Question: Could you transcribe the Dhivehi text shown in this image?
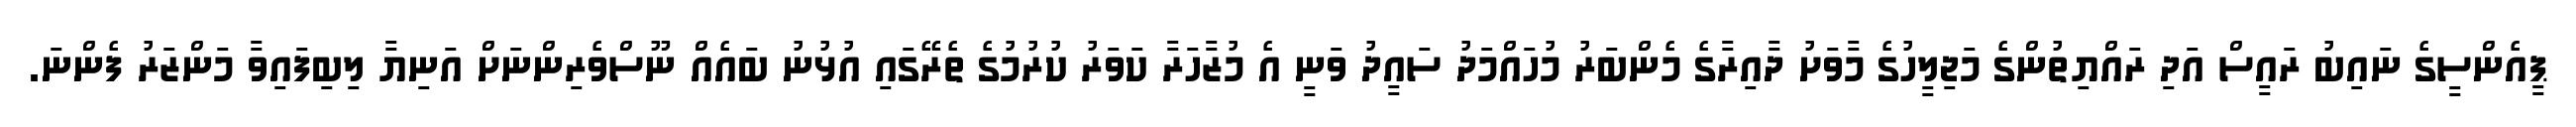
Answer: ޕީއެންސީގެ ނައިބު ރައީސް އަދި ރައްޔިތުންގެ މަޖިލީހުގެ މާވަށު ދާއިރާގެ މެންބަރު މުހައްމަދު ސައީދު ވަނީ އެ މުޒާހަރާ ކަވަރު ކުރުމުގެ ތެރޭގައި އުޅުނު ބައެއް ނޫސްވެރިންނަށް އަނިޔާ ލިބިފައިވާ މަންޒަރު ފެންނަ.